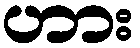
ဟား